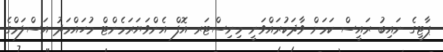
ޕާޓީގެ ނައިބު ރައީސް ކަމަށް ވާދަކުރައްވަނީ މިނިސްޓަރ އޮފް އެންވަޔަރަމެންޓް މުހައްމަދު އަސްލަމްގެ